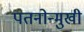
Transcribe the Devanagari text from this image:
पतनोन्मुखी